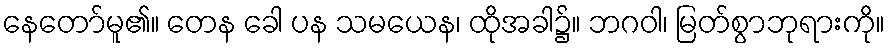
နေတော်မူ၏။ တေန ခေါ ပန သမယေန၊ ထိုအခါ၌။ ဘဂဝါ၊ မြတ်စွာဘုရားကို။